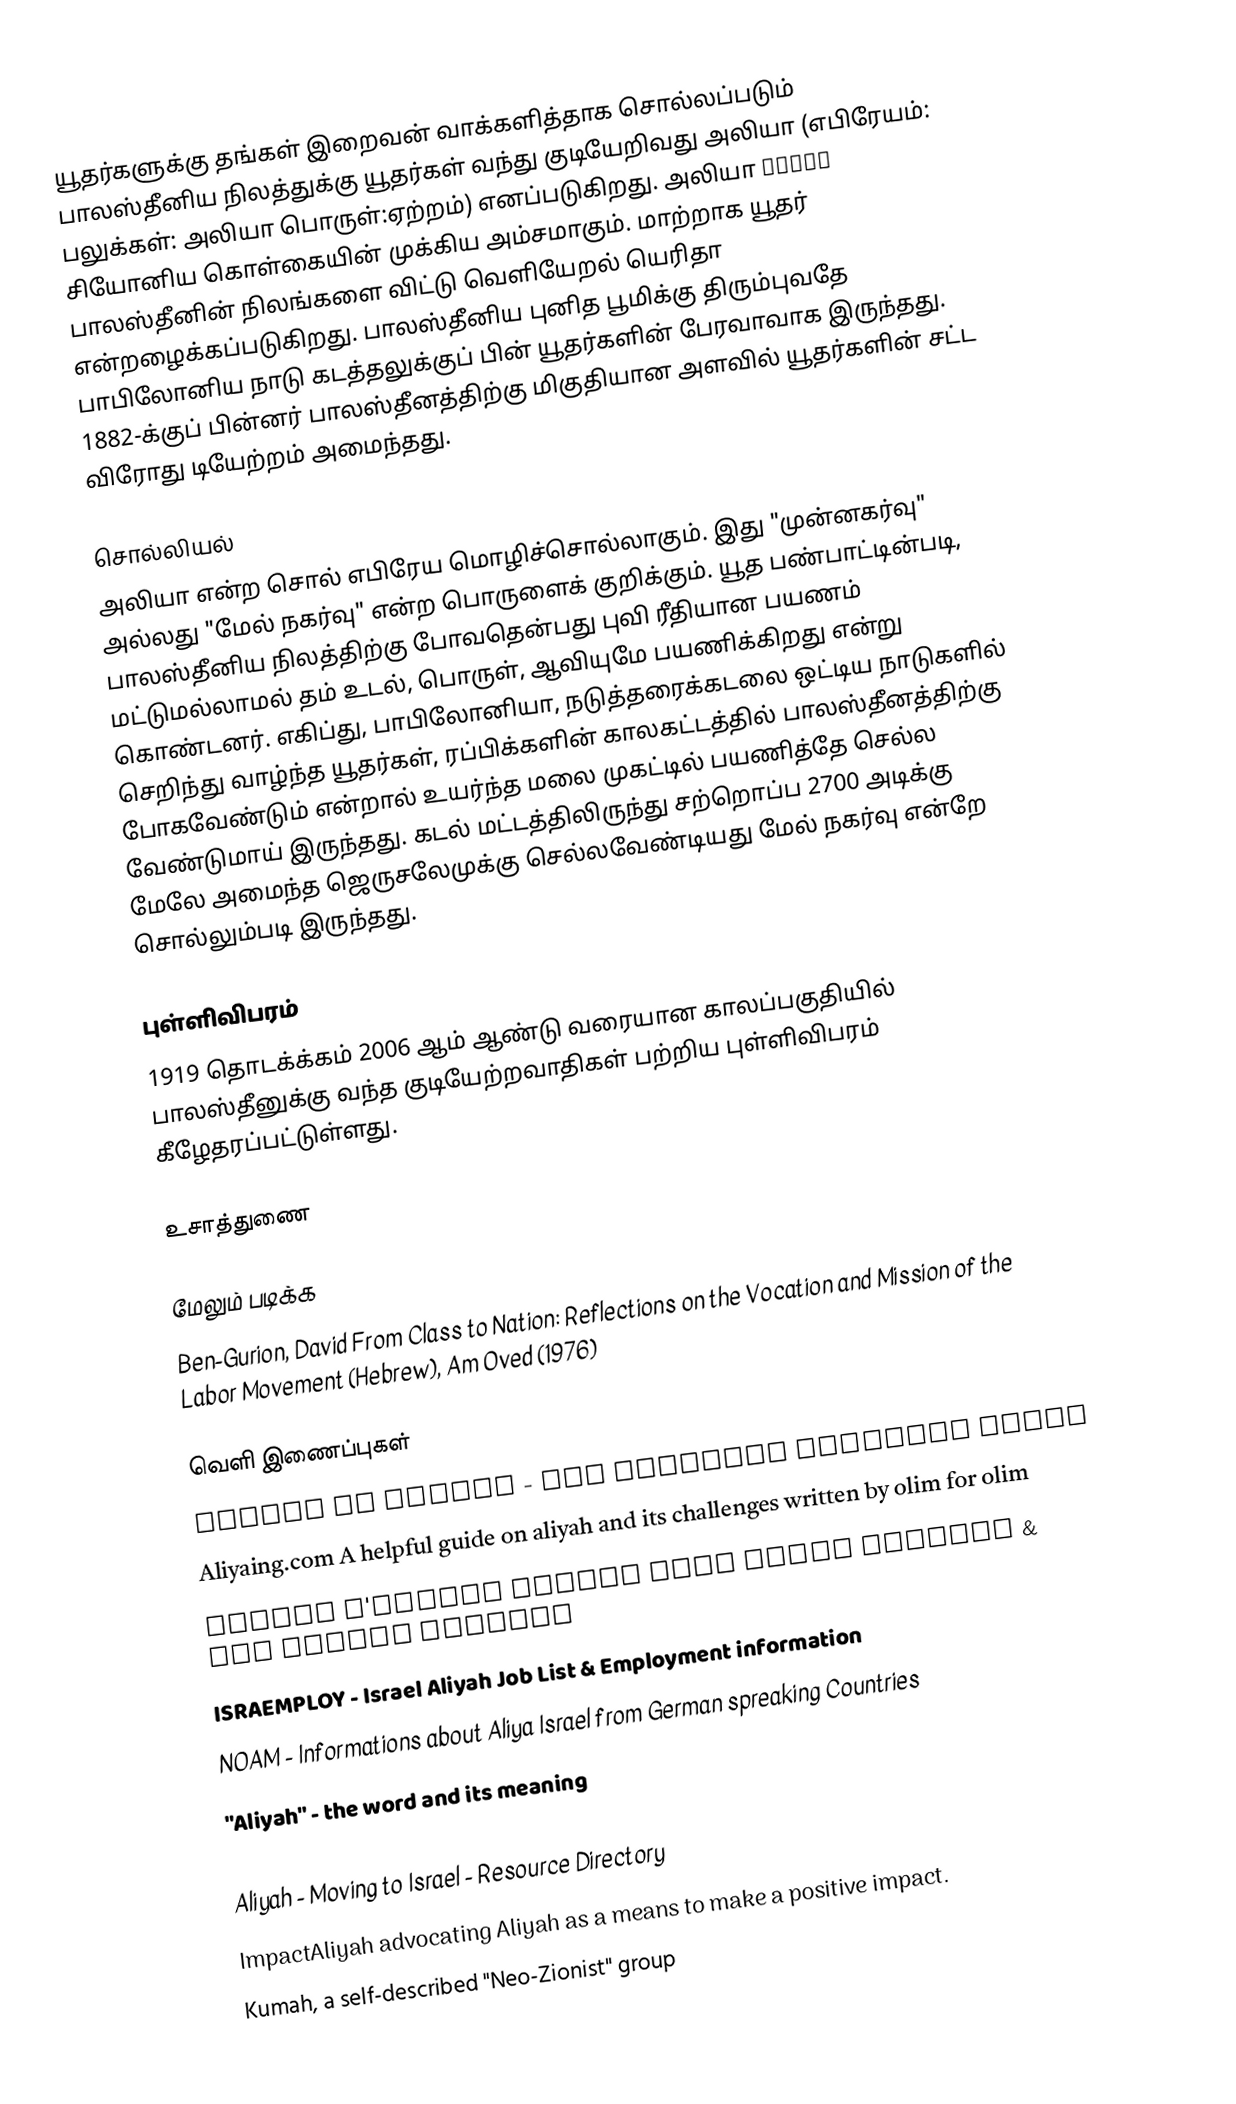
யூதர்களுக்கு தங்கள் இறைவன் வாக்களித்தாக சொல்லப்படும் பாலஸ்தீனிய நிலத்துக்கு யூதர்கள்  வந்து குடியேறிவது அலியா (எபிரேயம்: עלייה பலுக்கள்: அலியா பொருள்:ஏற்றம்) எனப்படுகிறது. அலியா சியோனிய கொள்கையின் முக்கிய அம்சமாகும். மாற்றாக யூதர் பாலஸ்தீனின் நிலங்களை விட்டு வெளியேறல் யெரிதா என்றழைக்கப்படுகிறது. பாலஸ்தீனிய புனித பூமிக்கு திரும்புவதே பாபிலோனிய நாடு கடத்தலுக்குப் பின் யூதர்களின் பேரவாவாக இருந்தது. 1882-க்குப் பின்னர் பாலஸ்தீனத்திற்கு மிகுதியான அளவில் யூதர்களின் சட்ட விரோது டியேற்றம் அமைந்தது.

சொல்லியல்
அலியா என்ற சொல் எபிரேய மொழிச்சொல்லாகும். இது "முன்னகர்வு" அல்லது "மேல் நகர்வு" என்ற பொருளைக் குறிக்கும். யூத பண்பாட்டின்படி, பாலஸ்தீனிய நிலத்திற்கு போவதென்பது புவி ரீதியான பயணம் மட்டுமல்லாமல் தம் உடல், பொருள், ஆவியுமே பயணிக்கிறது என்று கொண்டனர். எகிப்து, பாபிலோனியா, நடுத்தரைக்கடலை ஒட்டிய நாடுகளில் செறிந்து வாழ்ந்த யூதர்கள், ரப்பிக்களின் காலகட்டத்தில் பாலஸ்தீனத்திற்கு போகவேண்டும் என்றால் உயர்ந்த மலை முகட்டில் பயணித்தே செல்ல வேண்டுமாய் இருந்தது. கடல் மட்டத்திலிருந்து சற்றொப்ப 2700 அடிக்கு மேலே அமைந்த ஜெருசலேமுக்கு செல்லவேண்டியது மேல் நகர்வு என்றே சொல்லும்படி இருந்தது.

புள்ளிவிபரம்
1919 தொடக்க்கம் 2006 ஆம் ஆண்டு வரையான காலப்பகுதியில் பாலஸ்தீனுக்கு வந்த குடியேற்றவாதிகள் பற்றிய புள்ளிவிபரம் கீழேதரப்பட்டுள்ளது.

உசாத்துணை

மேலும் படிக்க
 Ben-Gurion, David From Class to Nation: Reflections on the Vocation and Mission of the Labor Movement (Hebrew), Am Oved (1976)

வெளி இணைப்புகள்
 Moving to Israel - The Complete Resource Guide
 Aliyaing.com  A helpful guide on aliyah and its challenges written by olim for olim
 Nefesh B'Nefesh Aliyah from North America & The United Kingdom
 ISRAEMPLOY - Israel Aliyah Job List & Employment information
 NOAM - Informations about Aliya Israel from German spreaking Countries
 "Aliyah" - the word and its meaning
 Dispersion and the Longing for Zion, 1240–1840, by Arie Morgenstern
 Aliyah - Moving to Israel - Resource Directory
 ImpactAliyah  advocating Aliyah as a means to make a positive impact.
 Kumah, a self-described "Neo-Zionist" group